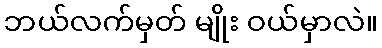
ဘယ်လက်မှတ် မျိုး ဝယ်မှာလဲ။